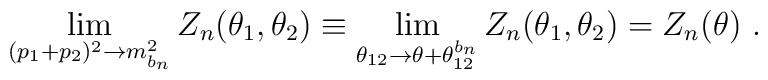
\lim_{(p_{1}+p_{2})^{2}\rightarrow m_{b_{n}}^{2}}Z_{n}(\theta _{1},\theta_{2})\equiv \lim_{\theta _{12}\rightarrow \theta +\theta_{12}^{b_{n}}}Z_{n}(\theta _{1},\theta _{2})=Z_{n}(\theta )~.